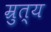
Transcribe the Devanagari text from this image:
म्रुत्य